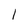
Character: l